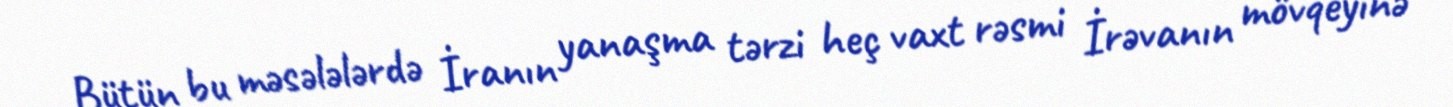
Bütün bu məsələlərdə İranın yanaşma tərzi heç vaxt rəsmi İrəvanın mövqeyinə